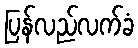
ပြန်လည်လက်ခံ